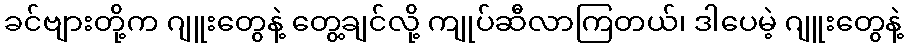
ခင်ဗျားတို့က ဂျူးတွေနဲ့ တွေ့ချင်လို့ ကျုပ်ဆီလာကြတယ်၊ ဒါပေမဲ့ ဂျူးတွေနဲ့